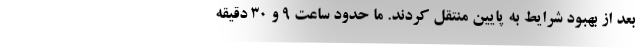
بعد از بهبود شرایط به پایین منتقل کردند. ما حدود ساعت ۹ و ۳۰ دقیقه